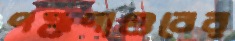
পঞ্চপাণ্ডবের